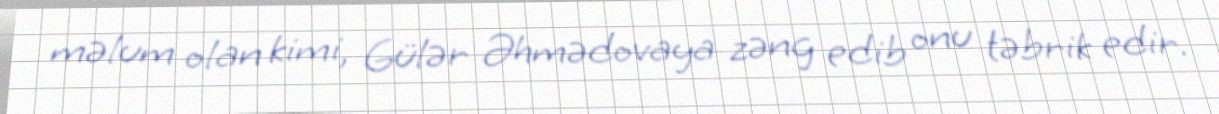
məlum olan kimi, Gülər Əhmədovaya zəng edib onu təbrik edir.